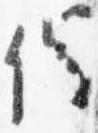
催